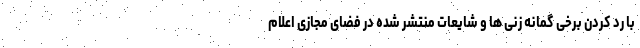
با رد کردن برخی گمانه زنی ها و شایعات منتشر شده در فضای مجازی اعلام